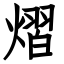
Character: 熠